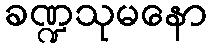
ခဏ္ဍသုမနော